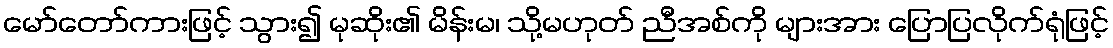
မော်တော်ကားဖြင့် သွား၍ မုဆိုး၏ မိန်းမ၊ သို့မဟုတ် ညီအစ်ကို များအား ပြောပြလိုက်ရုံဖြင့်